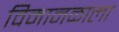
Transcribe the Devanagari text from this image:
विमानळाला